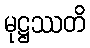
မုဋ္ဌဿတိ